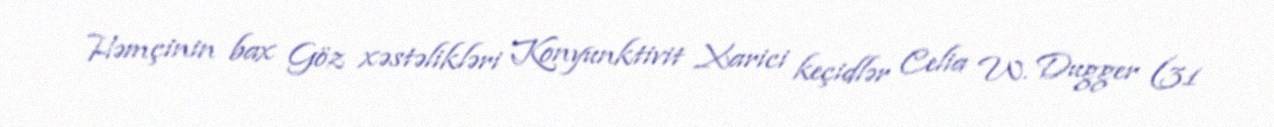
Həmçinin bax Göz xəstəlikləri Konyunktivit Xarici keçidlər Celia W. Dugger (31